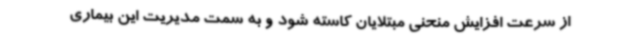
از سرعت افزایش منحنی مبتلایان کاسته شود و به سمت مدیریت این بیماری